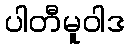
ပါတီမူဝါဒ